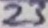
Text: 23